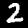
Label: 2